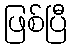
ဖြစ်ပြီ